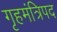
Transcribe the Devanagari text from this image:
गृहमंत्रिपद